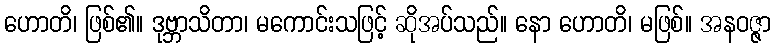
ဟောတိ၊ ဖြစ်၏။ ဒုဗ္ဘာသိတာ၊ မကောင်းသဖြင့် ဆိုအပ်သည်။ နော ဟောတိ၊ မဖြစ်။ အနဝဇ္ဇာ